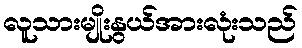
လူသားမျိုးနွယ်အားလုံးသည်